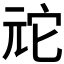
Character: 𫤙